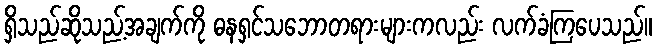
ရှိသည်ဆိုသည့်အချက်ကို ဓနရှင်သဘောတရားများကလည်း လက်ခံကြပေသည်။